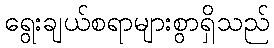
ရွေးချယ်စရာများစွာရှိသည်